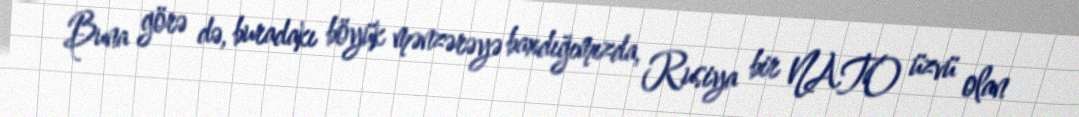
Buna görə də, buradakı böyük mənzərəyə baxdığımızda, Rusiya bir NATO üzvü olan